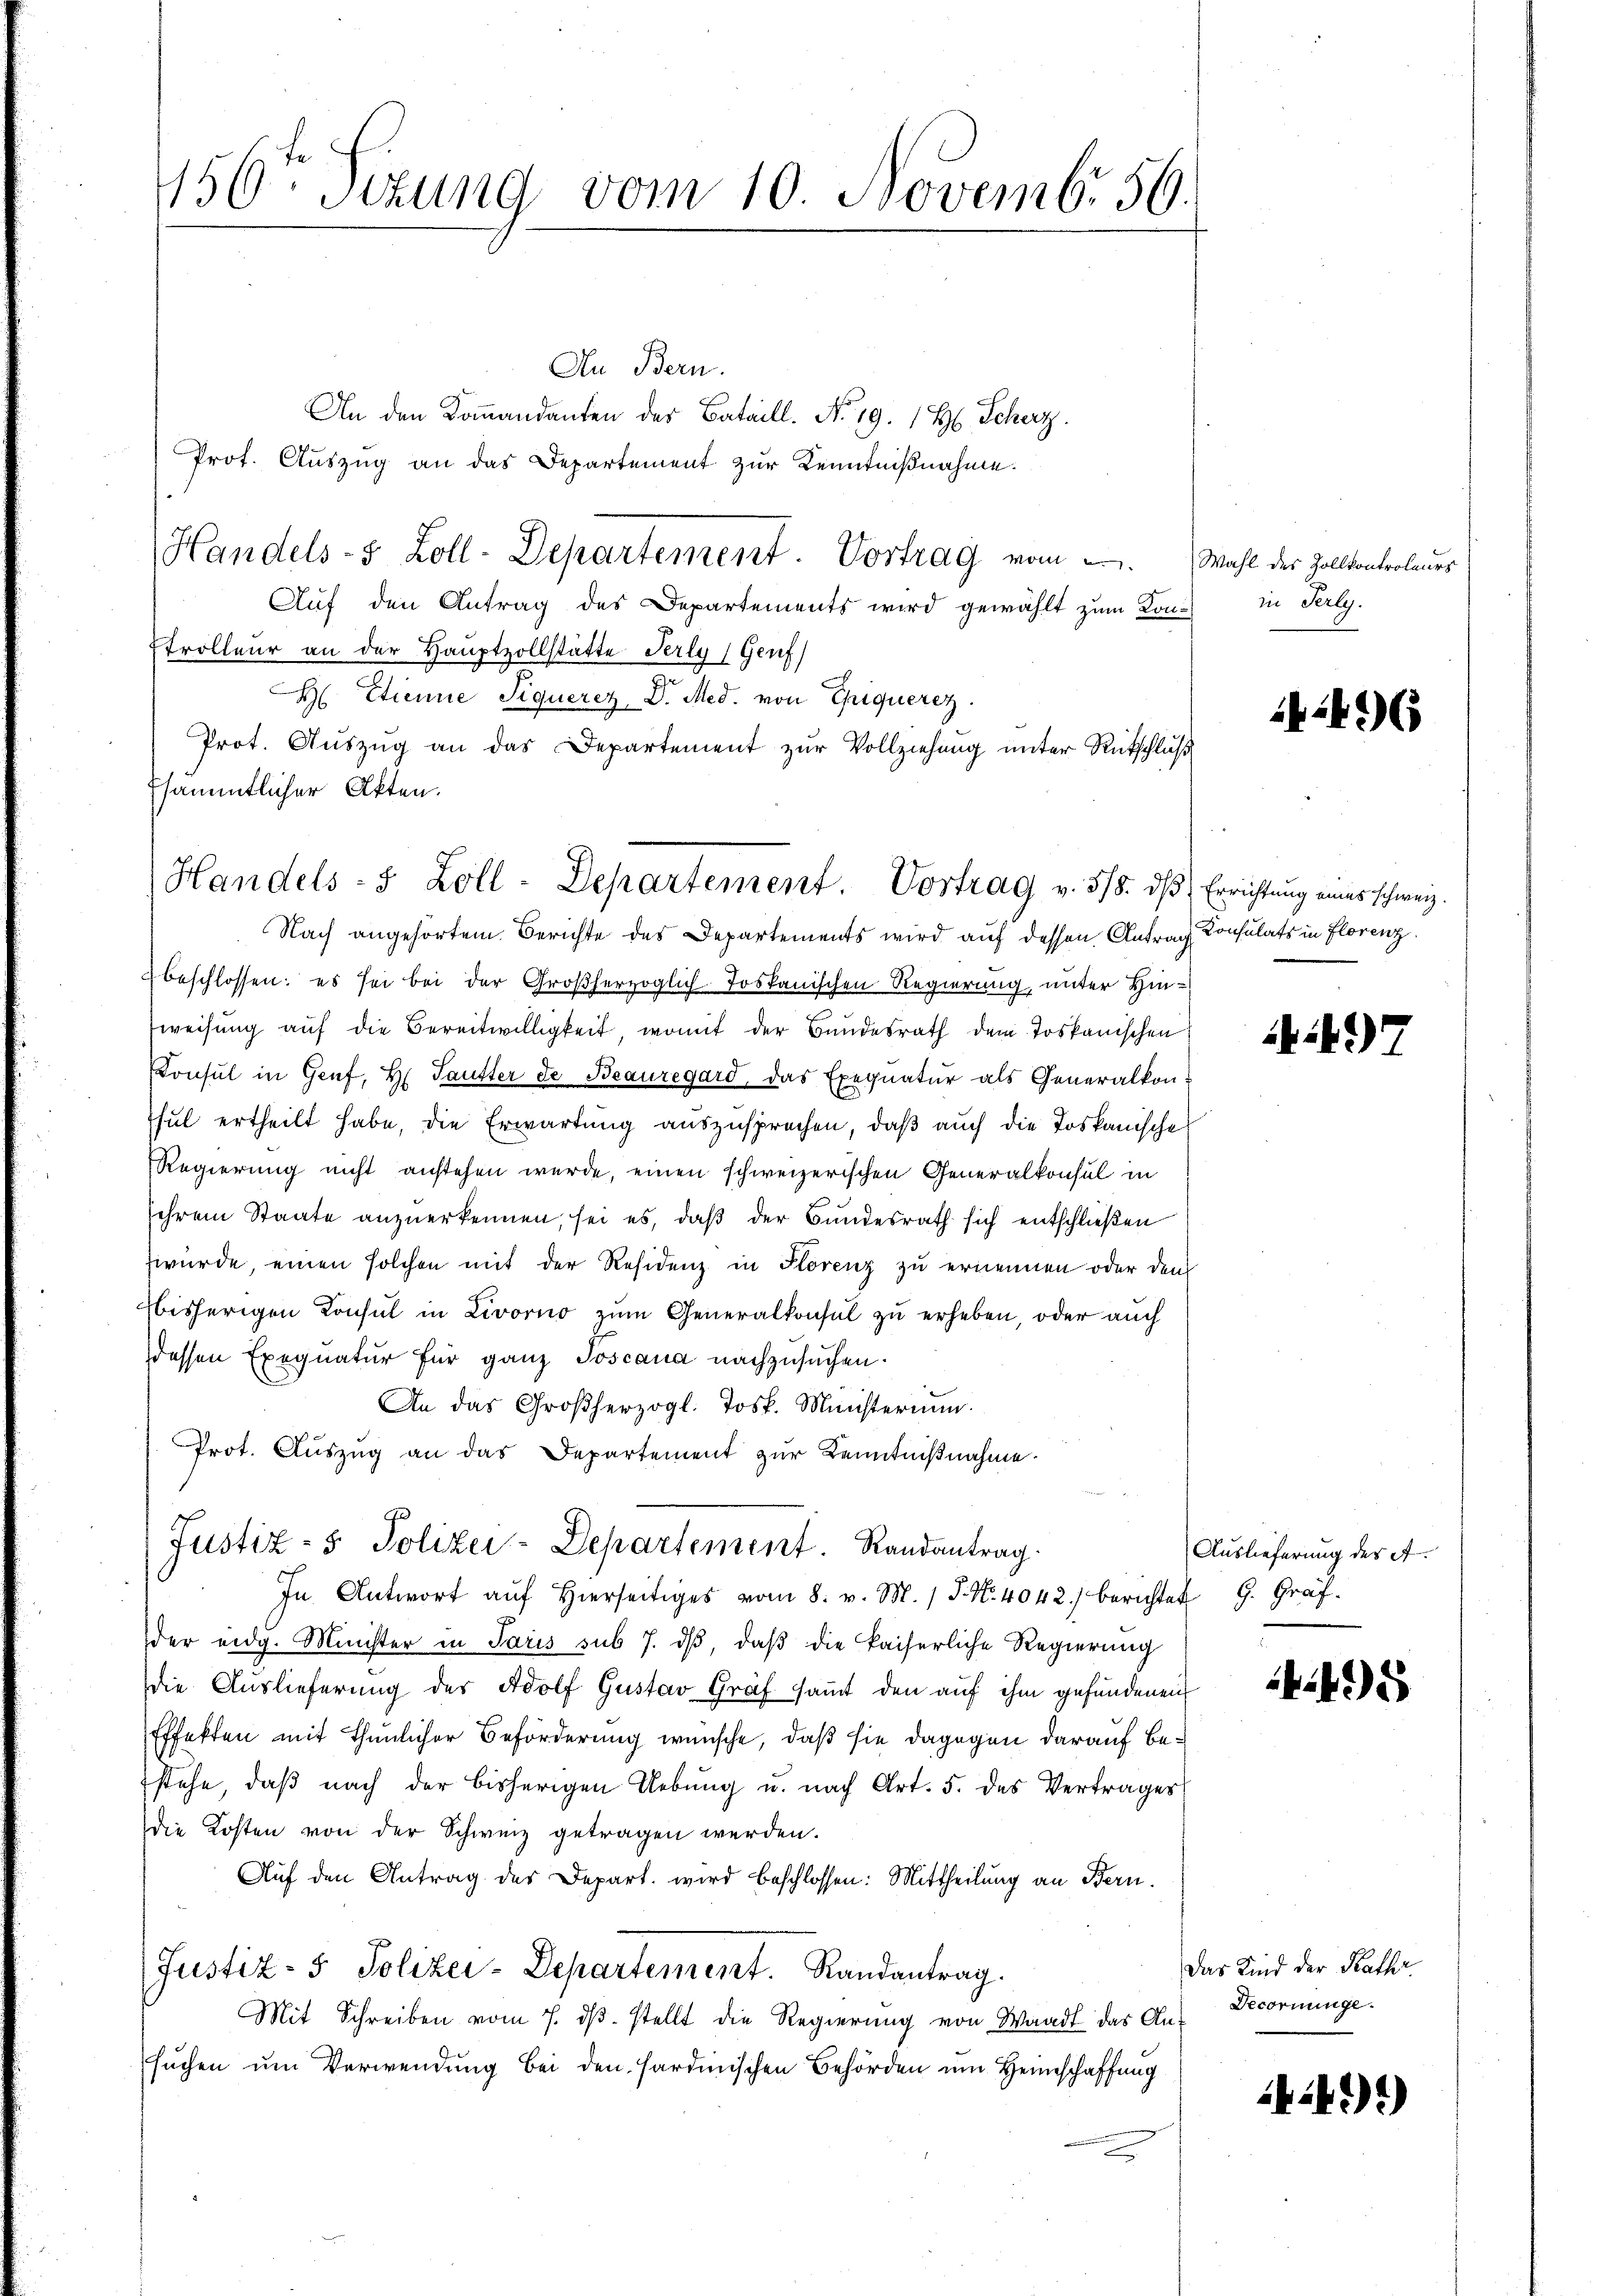
156ten Sizung vom 10. Novemb. 56.

An Bern.
An den Kommandanten der Bataill. No. 19. 1 H. Scherz
Prof. Auszug an das Departement zur Kenntnißnahme.
Handels- & Zoll-Departement. Vortrag vom
Auf den Antrag des Departements wird gewählt zum Kon¬
Trolleur an der Hauptzollstätte Perly (Genf)
H Etienne Siquerez D. Med. von Chiquerez.
Prot. Aŭszŭg an das Departement zur Vollziehung unter Rutschluß
2 beschlossen: es sei bei der Großherzoglich-Tostanischen Regierung, unter Hinweisung auf die Bereitwilligkeit, womit der Bundesrath dem Toskanischen
Konsul in Genf, H. Tautter de Beauregard, das Exequatur als Generalkonsul ertheilt habe, die Erwartung auszusprechen, daß auch die Toskanische
Regierung nicht anstehen wurde, einen schweizerischen Generalkonsul in
sihrem Staate anzuerkennen, sei es, daß der Bundesrath sich entschließen
würde, einen solchen mit der Residenz in Florenz zu ernennen oder den
bisherigen Konsul in Livorno zŭm Generalkonsul zu erheben, oder auch
dessen Exegnatur für ganz Joscana nachzusuchen.
An das Großherzogl. Jos. Ministerium
Prot. Aŭszŭg an das Departement zŭr Kenntniβnahme.
Justiz- & Polizei-Departement. Randantrag
In Antwort aŭf hierseitiges vom 8. v. M. 1 S. Nr. 4042) berichtet G. Gräf.
der eidg. Minister in Paris sub 7. dβ, daβ die kaiserliche Regierung
die Auslieferung der Adolf Gustav Graf samt den auf ihm gefundenen
Effekten mit thunlicher Beförderung wünsche, daß sie dagegen darauf bestehe, daß nach der bisherigen Uebung u. nach Art. 5. des Vertrages
die Kosten von der Schweiz getragen werden.
Auf den Antrag des Depart. wird beschlossen: Mittheilung an Bern.
Justiz- & Polizei-Departement. Randantrag.
Mit Schreiben vom 7. dβ. stellt die Regierung von Waadt das An-
suchen um Verwendung bei den Hardinischen Behörden um Heimschaffung

Esämmtlicher Akten.
Handels- 5 Zoll-Departement. Vortrag v. 318. dβ Errichtung eines schweiz.
Nach angehörtem Berichte des Departements wird auf dessen Antrag Konsulats in Florenz

Wahl des Zollkontroleurs
in Perly.

44. 6

497

Auslieferung des A.

45

Das Kind der Kathr
Decornunge.

41)